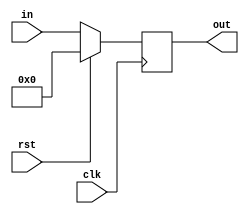
//Counter Register

module counter(clk, rst, in, out);

input clk, rst;
input [3:0] in;
output reg [3:0] out;


always @(posedge clk) begin
	if(rst) begin
		out <= 4'h0;
		$display("Counter Reset");
		end
	else out <= in; 
	end

endmodule